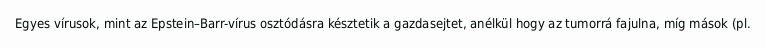
Egyes vírusok, mint az Epstein–Barr-vírus osztódásra késztetik a gazdasejtet, anélkül hogy az tumorrá fajulna, míg mások (pl.